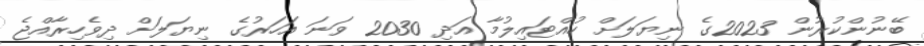
ބޭނުންކުރުން 2023ގެ ނިޔަލަށް ހުއްޓައިލުމާ އަދި 2030 ވަނަ އަހަރުގެ ނިޔަލަށް ދިވެހިރާއްޖެ